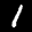
Label: 1